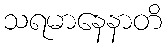
သရမာနေနာတိ